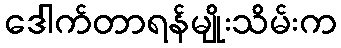
ဒေါက်တာရန်မျိုးသိမ်းက